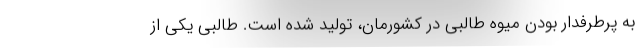
به پرطرفدار بودن میوه طالبی در کشورمان، تولید شده است. طالبی یکی از